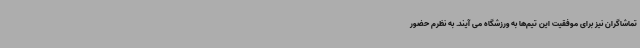
تماشاگران نیز برای موفقیت این تیم‌ها به ورزشگاه می آیند. به نظرم حضور